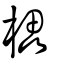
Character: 櫑